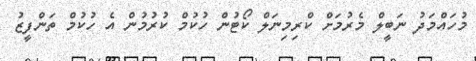
މުހައްމަދު ނަބީލް މެރުމަށް ކްރިމިނަލް ކޯޓުން ހުކުމް ކުރުމުން އެ ހުކުމް ތަންފީޒު